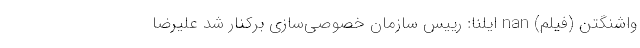
واشنگتن (فیلم) nan ایلنا: رییس سازمان خصوصی‌سازی برکنار شد علیرضا